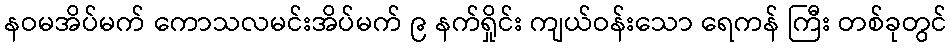
နဝမအိပ်မက် ကောသလမင်းအိပ်မက် ၉ နက်ရှိုင်း ကျယ်ဝန်းသော ရေကန် ကြီး တစ်ခုတွင်